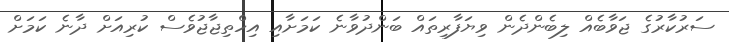
ސަރުކާރުގެ ޖަވާބެއް ލިބެންދެން ވިޔަފާރިތައް ބަންދުވާނެ ކަމަށާއި އިހްތިޖާޖުވެސް ކުރިއަށް ދާނެ ކަމަށް